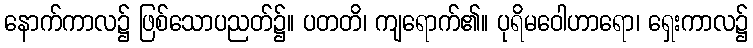
နောက်ကာလ၌ ဖြစ်သောပညတ်၌။ ပတတိ၊ ကျရောက်၏။ ပုရိမဝေါဟာရော၊ ရှေးကာလ၌